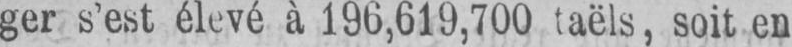
soit en